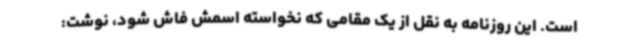
است. این روزنامه به نقل از یک مقامی که نخواسته اسمش فاش شود، نوشت: